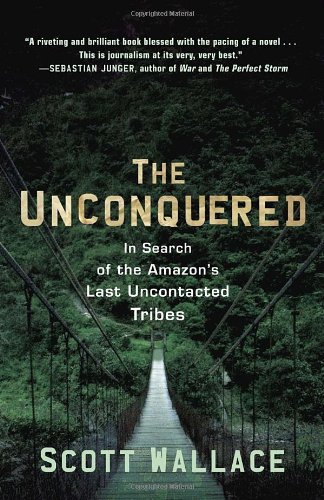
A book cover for The Unconquered: In Search of the Amazon's Last Uncontacted Tribes; Scott Wallace; Biographies & Memoirs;